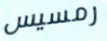
رمسيس